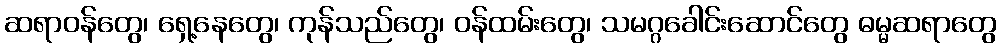
ဆရာဝန်တွေ၊ ရှေ့နေတွေ၊ ကုန်သည်တွေ၊ ဝန်ထမ်းတွေ၊ သမဂ္ဂခေါင်းဆောင်တွေ ဓမ္မဆရာတွေ